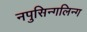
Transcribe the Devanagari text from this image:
नपुसिन्गलिन्ग